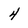
Character: 4